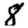
Digit: 8